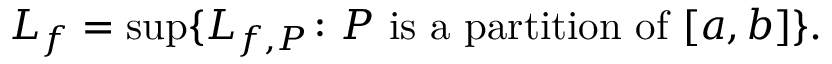
L _ { f } = \operatorname* { s u p } \{ L _ { f , P } \colon P { \mathrm { ~ i s ~ a ~ p a r t i t i o n ~ o f ~ } } [ a , b ] \} . \,